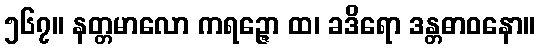
၅၆၇။ နတ္တမာလော ကရဉ္ဇော ထ၊ ခဒိရော ဒန္တဓာဝနော။